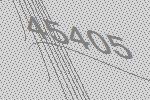
45405